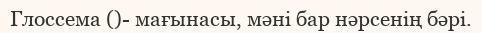
Глоссема ()- мағынасы, мәні бар нәрсенің бәрі.